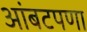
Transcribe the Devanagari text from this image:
आंबटपणा